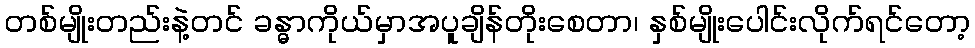
တစ်မျိုးတည်းနဲ့တင် ခန္ဓာကိုယ်မှာအပူချိန်တိုးစေတာ၊ နှစ်မျိုးပေါင်းလိုက်ရင်တော့